Vaccination in Bombay 1863-1868 - 1863-1868
Year: 1863
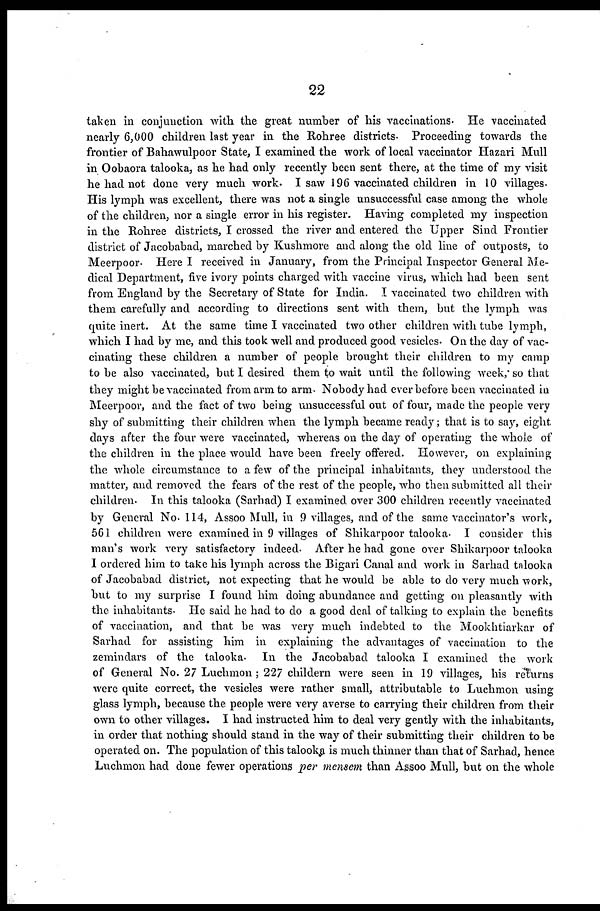
22
taken in conjunction with the great number of his vaccinations. He vaccinated
nearly 6,000 children last year in the Rohree districts. Proceeding towards the
frontier of Bahawulpoor State, I examined the work of local vaccinator Hazari Mull
in Oobaora talooka, as he had only recently been sent there, at the time of my visit
he had not done very much work. I saw 196 vaccinated children in 10 villages¬
His lymph was excellent, there was not a single unsuccessful case among the whole
of the children, nor a single error in his register. Having completed my inspection
in the Rohree districts, I crossed the river and entered the Upper Sind Frontier
district of Jacobabad, marched by Kushmore and along the old line of outposts, to
Meerpoor. Here I received in January, from the Principal Inspector General Me-
dical Department, five ivory points charged with vaccine virus, which had been sent
from England by the Secretary of State for India. I vaccinated two children with
them carefully and according to directions sent with them, but the lymph was
quite inert. At the same time I vaccinated two other children with tube lymph,
which I had by me, and this took well and produced good vesicles. On the day of vac-
cinating these children a number of people brought their children to my camp
to be also vaccinated, but I desired them to wait until the following week ; so that
they might be vaccinated from arm to arm. Nobody had ever before been vaccinated in
Meerpoor, and the fact of two being unsuccessful out of four, made the people very
shy of submitting their children when the lymph became ready; that is to say, eight
days after the four were vaccinated, whereas on the day of operating the whole of
the children in the place would have been freely offered. However, on explaining;
the whole circumstance to a few of the principal inhabitants, they understood the
matter, and removed the fears of the rest of the people, who then submitted all their
children. In this talooka (Sarhad) I examined over 300 children recently vaccinated
by General No. 114, Assoo Mull, in 9 villages, and of the same vaccinator's work,
561 children were examined in 9 villages of Shikarpoor talooka. I consider this
man's work very satisfactory indeed. After he had gone over Shikarpoor talooka
I ordered him to take his lymph across the Bigari Canal and work in Sarhad talooka
of Jacobabad district, not expecting that he would be able to do very much work,
but to my surprise I found him doing abundance and getting on pleasantly with
the inhabitants. He said he had to do a good deal of talking to explain the benefits
of vaccination, and that be was very much indebted to the Mookhtiarkar of
Sarhad for assisting him in explaining the advantages of vaccination to the
zemindars of the talooka. In the Jacobabad talooka I examined the work
of General No. 27 Luchmon ; 227 childern were seen in 19 villages, his returns
were quite correct, the vesicles were rather small, attributable to Luchmon using
glass lymph, because the people were very averse to carrying their children from their
own to other villages. I had instructed him to deal very gently with the inhabitants,
in order that nothing should stand in the way of their submitting their children to be
operated on. The population of this talooka is much thinner than that of Sarhad, hence
Luchmon had done fewer operations per mensem than Assoo Mull, but on the whole